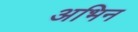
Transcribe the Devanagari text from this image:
अभिन